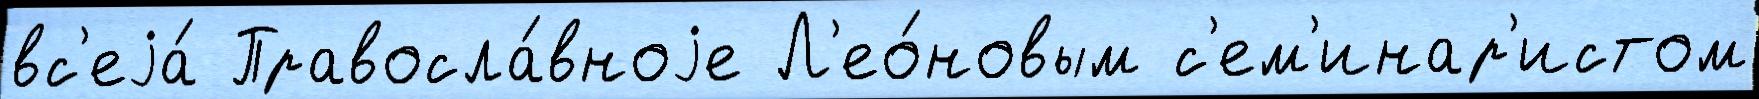
вс'еjа́ Правосла́вноjе Л'ео́новым с'ем'инар'истом